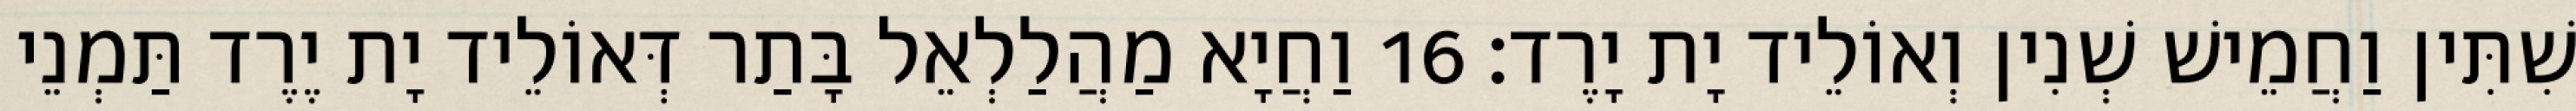
שִׁתִּין וַחֲמֵישׁ שְׁנִין וְאוֹלֵיד יָת יָרֶד׃ 16 וַחֲיָא מַהֲלַלְאֵל בָּתַר דְּאוֹלֵיד יָת יֶרֶד תַּמְנֵי